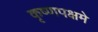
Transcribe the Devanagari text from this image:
कृष्णपक्षमे